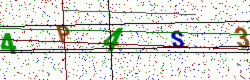
Text: 4P4S3